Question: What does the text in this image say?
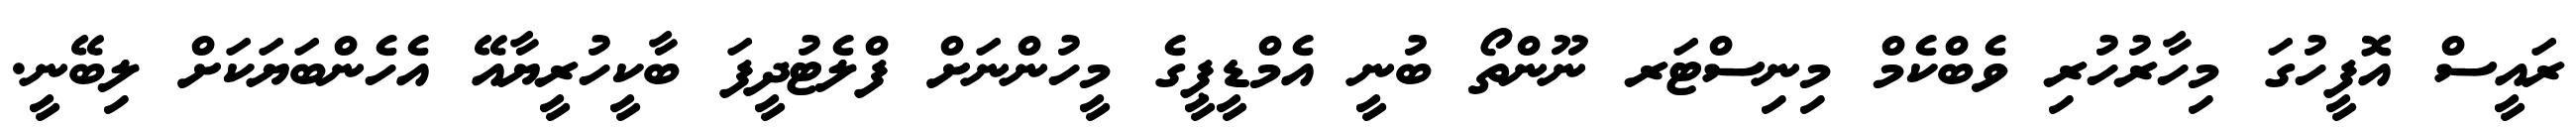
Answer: ރައީސް އޮފީހުގަ މިހާރުހުރި ވެބްކެމް މިނިސްޓަރ ނޫންތޯ ބުނީ އެމްޑީޕީގެ މީހުންނަށް ފްލެޓުދީފަ ބާކީހުރީޔާއޭ އެހެންބަޔަކަށް ލިބޭނީ.